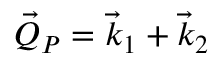
\vec { Q } _ { P } = \vec { k } _ { 1 } + \vec { k } _ { 2 }